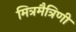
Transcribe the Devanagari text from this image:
मित्रमैत्रिणी